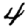
Digit: 4